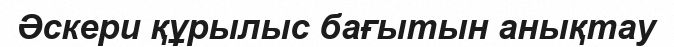
Әскери құрылыс бағытын анықтау